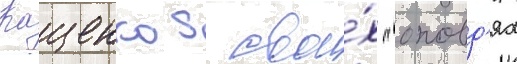
Кащенко в свои́х "оповд'ях